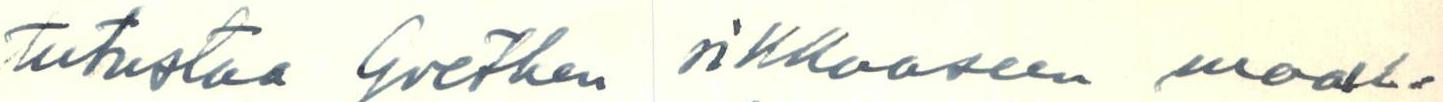
tutustua Goethen rikkaaseen maail-